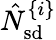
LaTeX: \hat{N}_{\mathrm{sd}}^{\{ i\} }